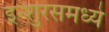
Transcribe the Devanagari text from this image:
इन्शुरंसमध्ये